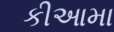
કીઆમા